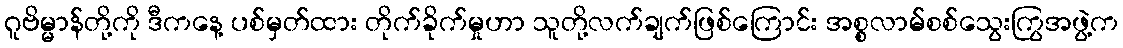
ဂူဗိမ္မာန်တို့ကို ဒီကနေ့ ပစ်မှတ်ထား တိုက်ခိုက်မှုဟာ သူတို့လက်ချက်ဖြစ်ကြောင်း အစ္စလာမ်စစ်သွေးကြွအဖွဲ့က